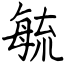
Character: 毓